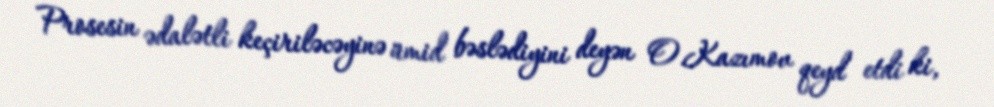
Prosesin ədalətli keçiriləcəyinə ümid bəslədiyini deyən O.Kazımov qeyd etdi ki,